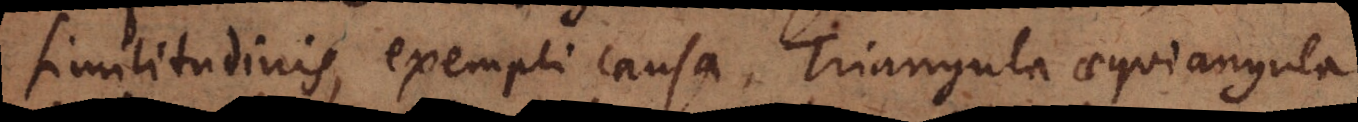
similitudinis, exempli causa, Triangula aequiangula